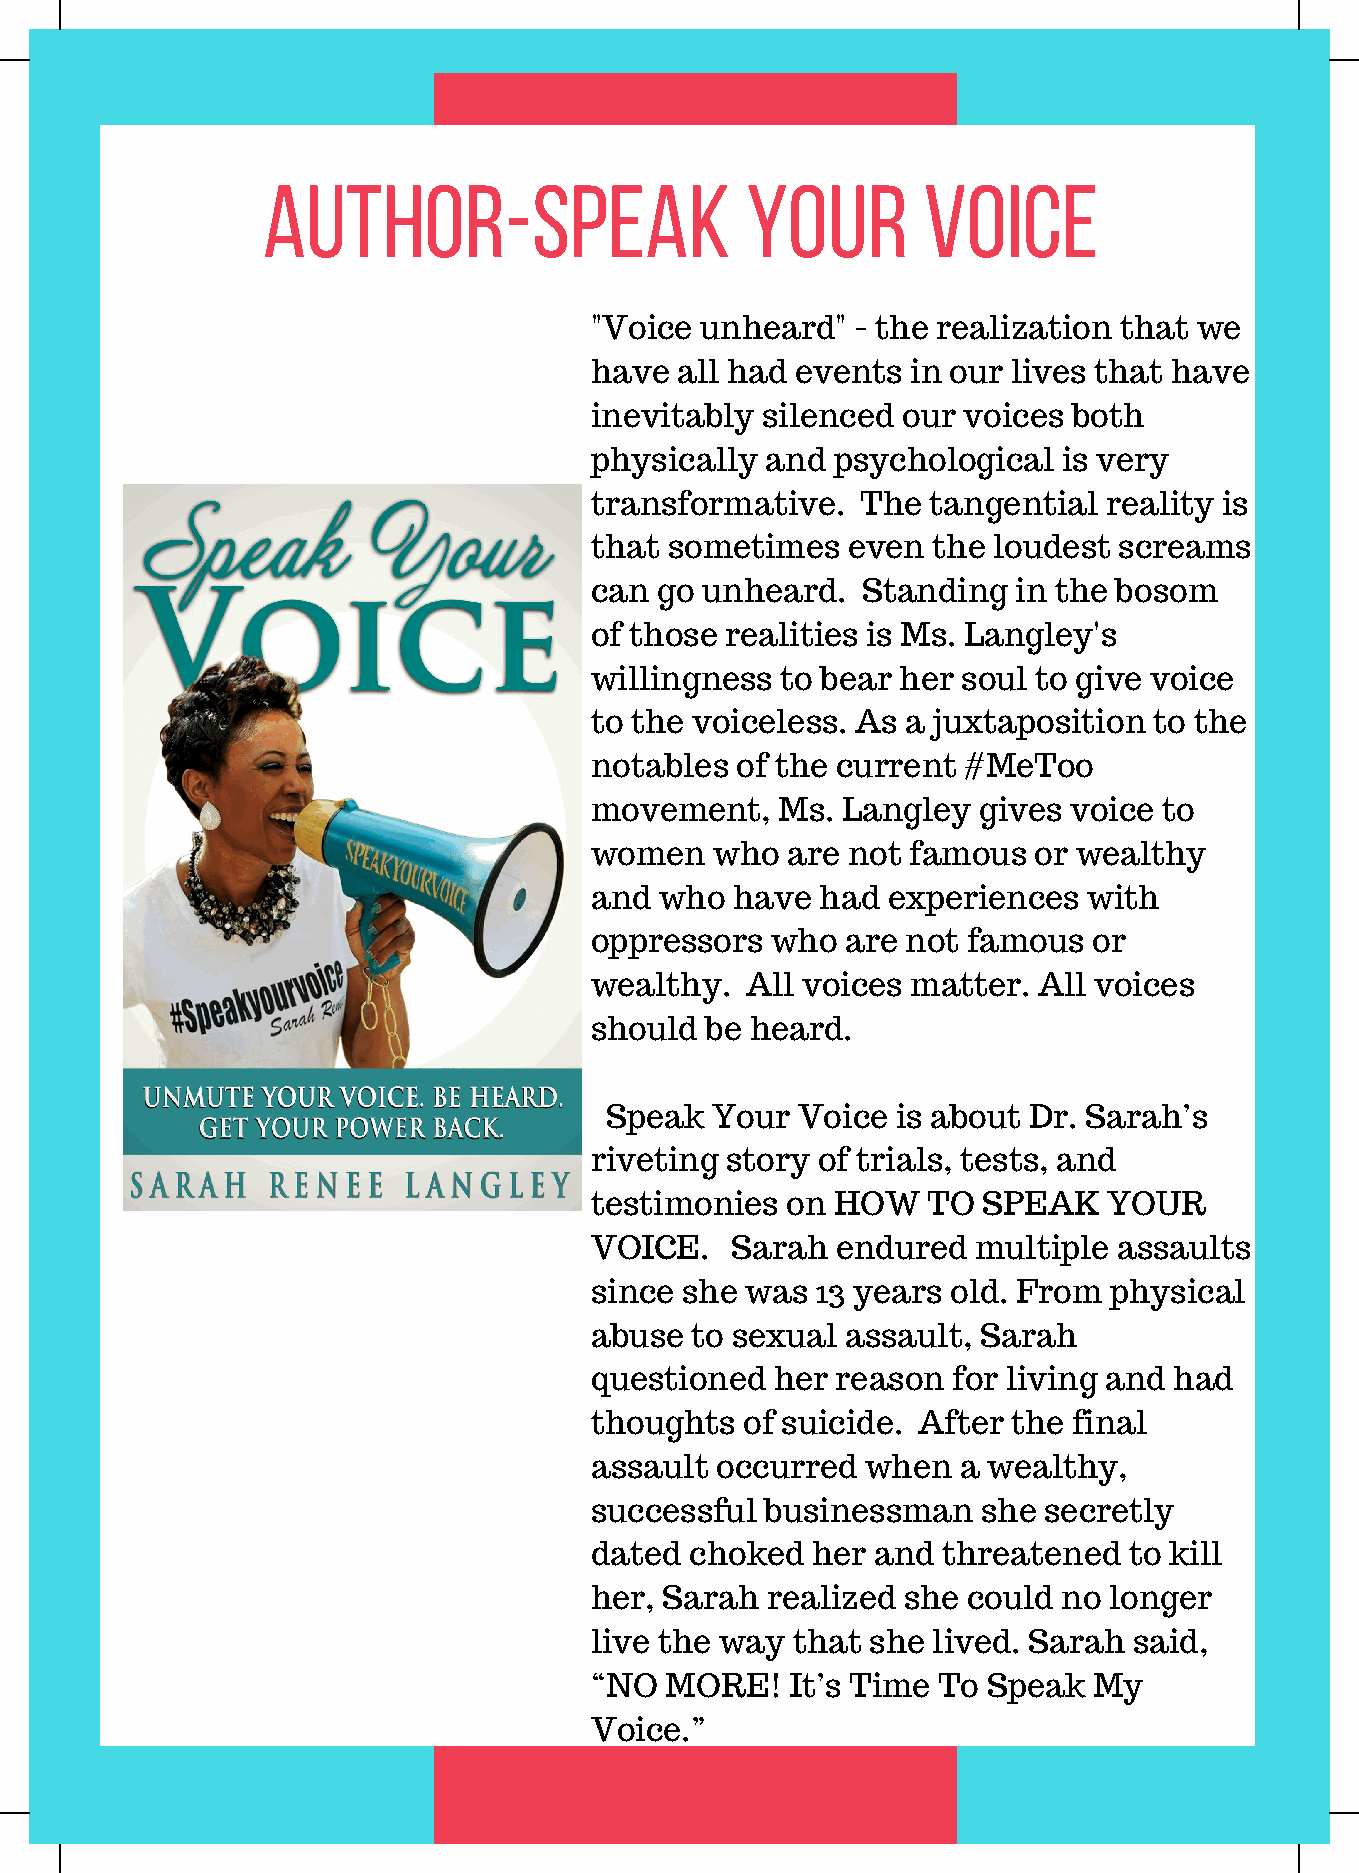
author-Speak                    Your        Voice
 "Voice unheard"   - the realization that we
 have  all had events in our lives that have
 inevitably silenced  our voices both
 physically  and psychological  is very
 transformative.   The  tangential reality is
 that sometimes   even  the loudest screams
 can go unheard.   Standing  in the bosom
 of those realities is Ms. Langley's
 willingness  to bear her soul to give voice
 to the voiceless. As a juxtaposition to the
 notables  of the current #MeToo
 movement,    Ms. Langley  gives voice to
 women   who  are not famous  or wealthy
 and  who  have had  experiences  with
 oppressors  who  are not famous  or
 wealthy.  All voices matter.  All voices
 should  be heard.
 Speak  Your  Voice is about Dr. Sarah’s
 riveting story of trials, tests, and
 testimonies  on HOW   TO  SPEAK   YOUR
 VOICE.   Sarah  endured   multiple assaults
 since she was  13 years old. From physical
 abuse  to sexual assault, Sarah
 questioned  her reason  for living and had
 thoughts  of suicide. After the final
 assault occurred  when   a wealthy,
 successful  businessman   she secretly
 dated  choked  her and threatened   to kill
 her, Sarah  realized she could no longer
 live the way that  she lived. Sarah said,
 “NO  MORE!   It’s Time To Speak  My
 Voice.”